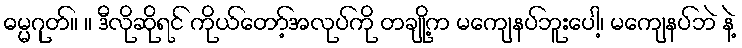
ဓမ္မဂုတ်။ ။ ဒီလိုဆိုရင် ကိုယ်တော့်အလုပ်ကို တချို့က မကျေနပ်ဘူးပေါ့၊ မကျေနပ်ဘဲ နဲ့